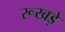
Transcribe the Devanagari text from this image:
रूखड़े